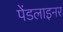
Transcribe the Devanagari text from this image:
पेंडलाइनर